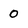
Character: 0